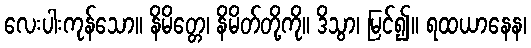
လေးပါးကုန်သော။ နိမိတ္တေ၊ နိမိတ်တို့ကို။ ဒိသွာ၊ မြင်၍။ ရထယာနေန၊